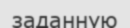
заданную